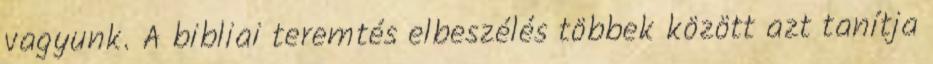
vagyunk. A bibliai teremtés elbeszélés többek között azt tanítja